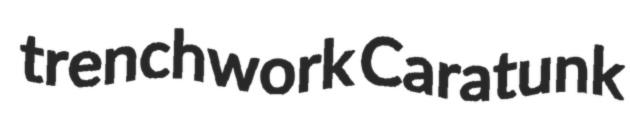
trenchwork Caratunk